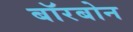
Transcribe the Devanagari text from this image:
बॉरबोन